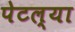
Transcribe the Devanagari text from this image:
पेटल्या